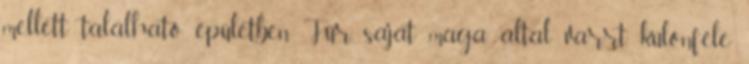
mellett található épületben Für saját maga által varrt, különféle